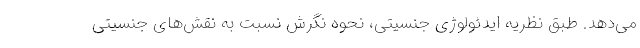
می‌دهد. طبق نظریه ایدئولوژی جنسیتی، نحوه نگرش نسبت به نقش‌های جنسیتی